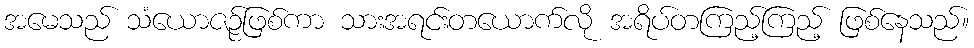
အမေသည် သံယောဇဉ်ဖြစ်ကာ သားအရင်းတယောက်လို အရိပ်တကြည့်ကြည့် ဖြစ်နေသည်။